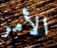
الأمر